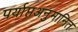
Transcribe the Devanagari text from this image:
पर्याप्तअनुमानित